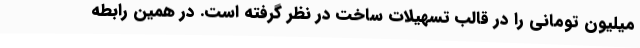
میلیون تومانی را در قالب تسهیلات ساخت در نظر گرفته است. در همین رابطه